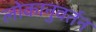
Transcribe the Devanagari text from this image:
लोकानुवर्तन